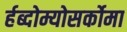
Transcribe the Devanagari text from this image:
र्हब्दोम्योसर्कोमा